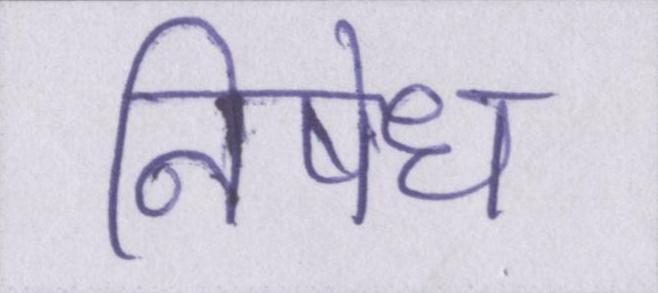
निषेध